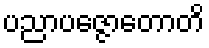
ပညာပဇ္ဇောတောတိ